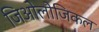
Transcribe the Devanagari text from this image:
जिओलोजिकल